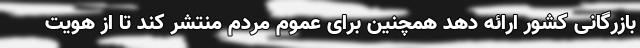
بازرگانی کشور ارائه دهد همچنین برای عموم مردم منتشر کند تا از هویت